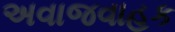
અવાજવાહક